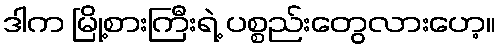
ဒါက မြို့စားကြီးရဲ့ ပစ္စည်းတွေလားဟေ့။